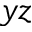
y z